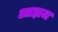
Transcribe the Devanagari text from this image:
आहाज